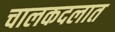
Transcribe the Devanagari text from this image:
चालकदलात